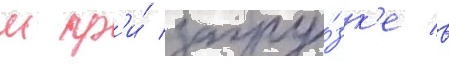
м пр'и́ загру́зк'е в